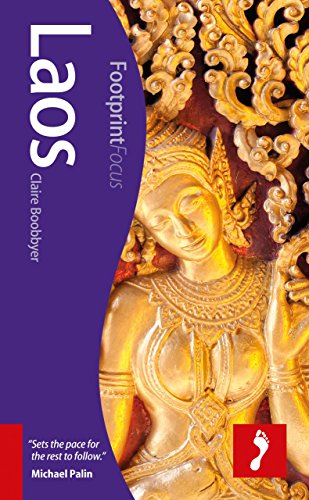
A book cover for Laos (Footprint Focus); Claire Boobbyer; Travel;